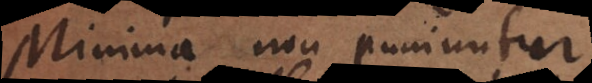
Minima non puniuntur.